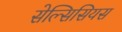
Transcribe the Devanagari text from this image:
सेल्सिसियस